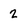
Character: 2